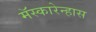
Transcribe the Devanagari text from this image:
मॅस्कारेन्हास